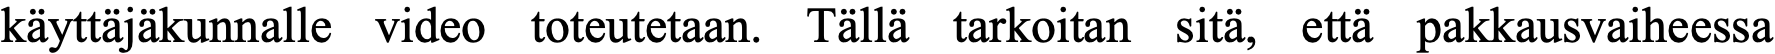
käyttäjäkunnalle video toteutetaan. Tällä tarkoitan sitä, että pakkausvaiheessa